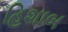
હિશાબ